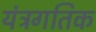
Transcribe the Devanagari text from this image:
यंत्रगतिक